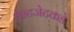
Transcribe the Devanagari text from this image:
वेस्टजेटकडे